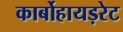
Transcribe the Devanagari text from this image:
कार्बोहायड़रेट